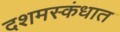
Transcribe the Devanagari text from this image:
दशमस्कंधात